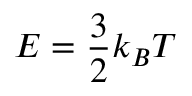
E = { \frac { 3 } { 2 } } k _ { B } T